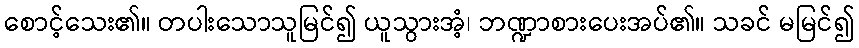
စောင့်သေး၏။ တပါးသောသူမြင်၍ ယူသွားအံ့၊ ဘဏ္ဍာစားပေးအပ်၏။ သခင် မမြင်၍